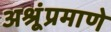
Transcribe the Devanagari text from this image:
अश्रूंप्रमाणे